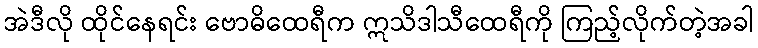
အဲဒီလို ထိုင်နေရင်း ဗောဓိထေရီက ဣသိဒါသီထေရီကို ကြည့်လိုက်တဲ့အခါ